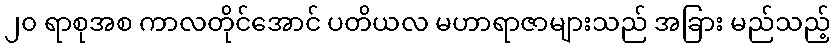
၂၀ ရာစုအစ ကာလတိုင်အောင် ပတိယလ မဟာရာဇာများသည် အခြား မည်သည့်